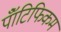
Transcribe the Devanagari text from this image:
पॉँटिफिकम